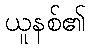
ယူနစ်၏